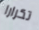
تكرارا